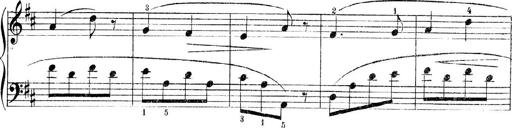
Title: 3 Piano Sonatinas
Composer: Paul Zilcher
Key: C major; G major; F major